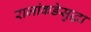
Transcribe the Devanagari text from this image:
राजांकडेसुद्धा